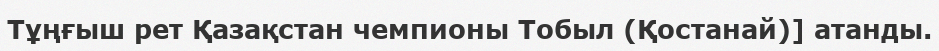
Тұңғыш рет Қазақстан чемпионы Тобыл (Қостанай)] атанды.